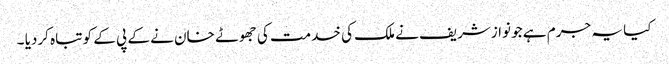
کیا یہ جرم ہے جو نوازشریف نے ملک کی خدمت کی جھوٹے خان نے کے پی کے کو تباہ کردیا ۔